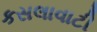
કસલાવાટી